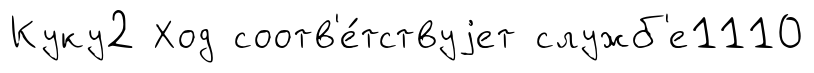
Куку2 Ход соотв'е́тствуjет служб'е1110